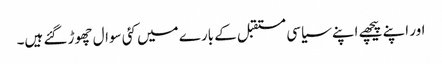
اور اپنے پیچھے اپنے سیاسی مستقبل کے بارے میں کئی سوال چھوڑ گئے ہیں۔